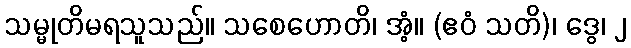
သမ္မုတိမရသူသည်။ သစေဟောတိ၊ အံ့။ (ဧဝံ သတိ)၊ ဒွေ၊ ၂